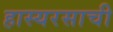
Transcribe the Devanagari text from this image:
हास्यरसाची